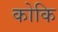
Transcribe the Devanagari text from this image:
कोकि